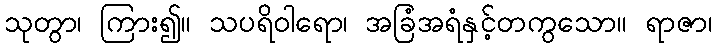
သုတွာ၊ ကြား၍။ သပရိဝါရော၊ အခြံအရံနှင့်တကွသော။ ရာဇာ၊